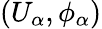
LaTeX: (U_{\alpha},\phi_{\alpha})